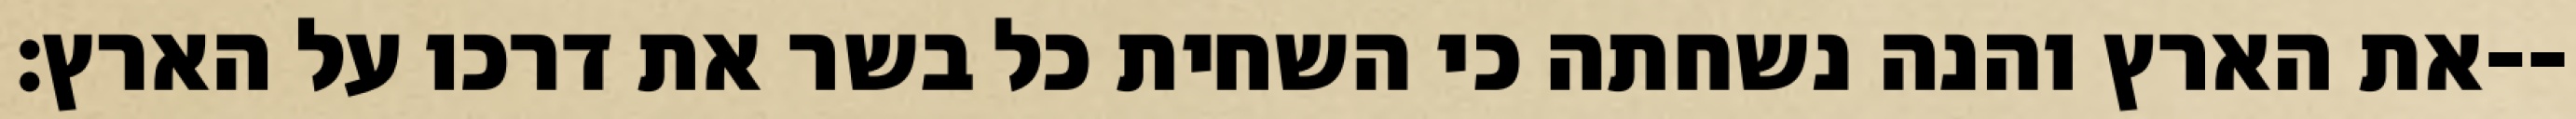
את הארץ והנה נשחתה כי השחית כל בשר את דרכו על הארץ׃--